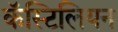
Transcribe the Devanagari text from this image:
कॅस्टिलियन